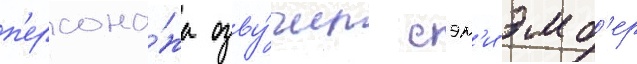
п'ерсона́жа озву́чил сэм'и эмб'ер